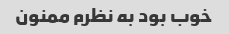
خوب بود به نظرم ممنون